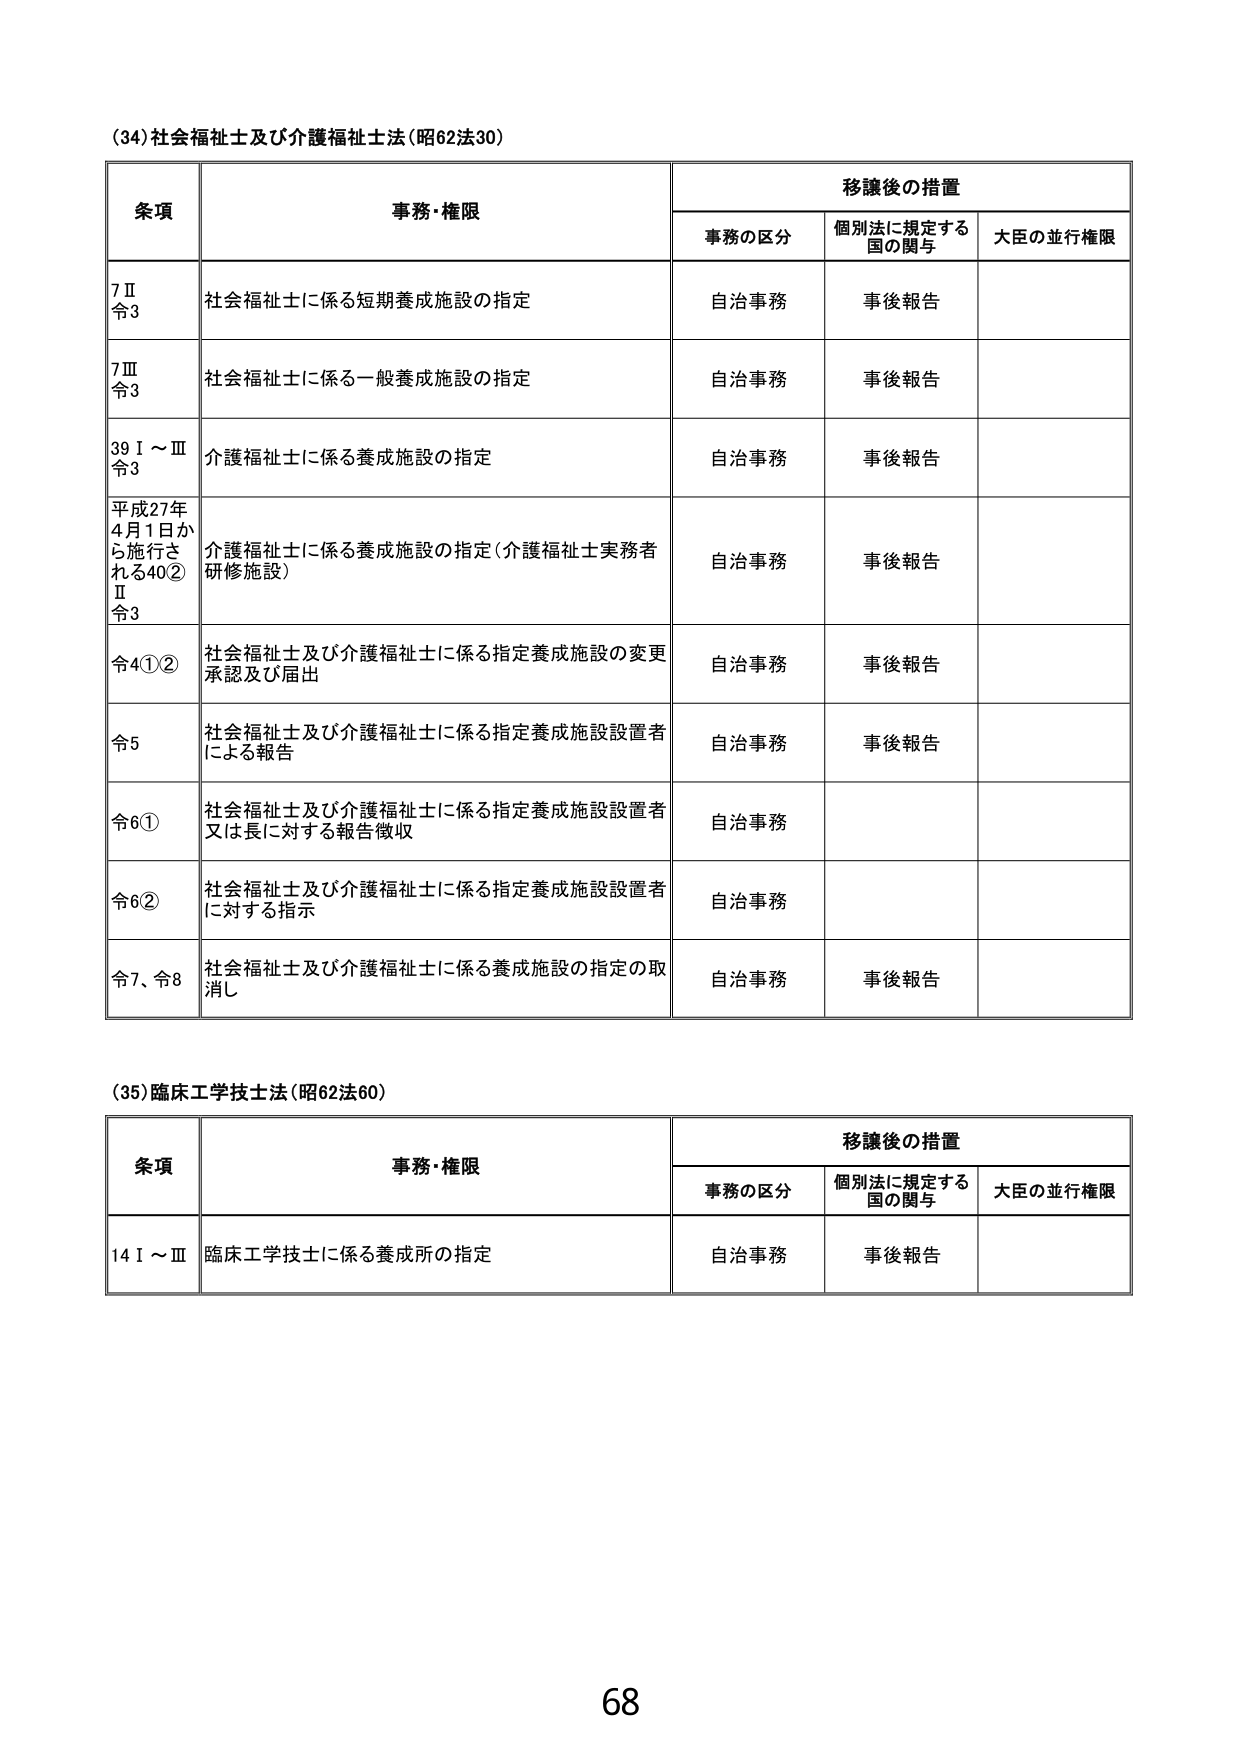
(34) 社会福祉士及び介護福祉士法（昭62法30）

条項 事務・権限 移譲後の措置
　　事務の区分 個別法に規定する国の関与 大臣の並行権限

7Ⅱ 令3 社会福祉士に係る短期養成施設の指定 自治事務 事後報告

7Ⅲ 令3 社会福祉士に係る一般養成施設の指定 自治事務 事後報告

39Ⅰ～Ⅲ 令3 介護福祉士に係る養成施設の指定 自治事務 事後報告

平成27年4月1日から施行される40②Ⅱ 令3 介護福祉士に係る養成施設の指定（介護福祉士実務者研修施設） 自治事務 事後報告

令4①② 社会福祉士及び介護福祉士に係る指定養成施設の変更承認及び届出 自治事務 事後報告

令5 社会福祉士及び介護福祉士に係る指定養成施設設置者による報告 自治事務 事後報告

令6① 社会福祉士及び介護福祉士に係る指定養成施設設置者又は長に対する報告徴収 自治事務

令6② 社会福祉士及び介護福祉士に係る指定養成施設設置者に対する指示 自治事務

令7、令8 社会福祉士及び介護福祉士に係る養成施設の指定の取消し 自治事務 事後報告

(35) 臨床工学技士法（昭62法60）

条項 事務・権限 移譲後の措置
　　事務の区分 個別法に規定する国の関与 大臣の並行権限

14Ⅰ～Ⅲ 臨床工学技士に係る養成所の指定 自治事務 事後報告

68